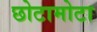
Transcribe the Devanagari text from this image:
छोटामोटा